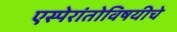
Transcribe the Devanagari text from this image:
एस्पेरांतोविषयीचे